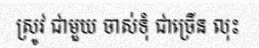
ស្រូវ ជាមួយ ចាស់ទុំ ជាច្រើន លុះ